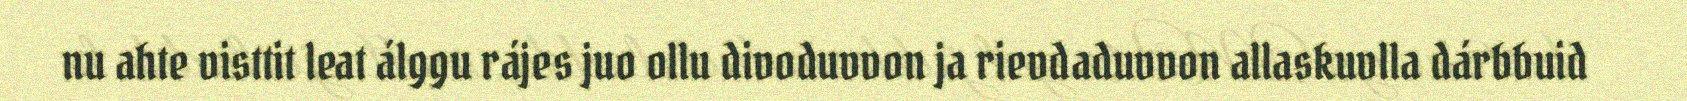
nu ahte visttit leat álggu rájes juo ollu divoduvvon ja rievdaduvvon allaskuvlla dárbbuid